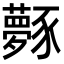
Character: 𧲎